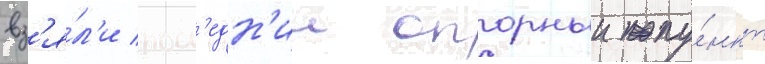
вз'я́л'и посл'едн'ии опорныи пу́нкт